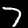
Digit: 7